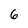
Character: 6